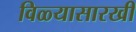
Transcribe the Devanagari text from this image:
विळ्यासारखी